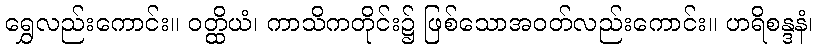
ရွှေလည်းကောင်း။ ဝတ္ထိယံ၊ ကာသိကတိုင်း၌ ဖြစ်သောအဝတ်လည်းကောင်း။ ဟရိစန္ဒနံ၊